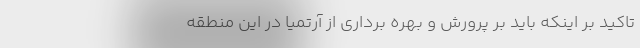
تاکید بر اینکه باید بر پرورش و بهره برداری از آرتمیا در این منطقه